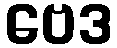
ဗေဒ